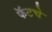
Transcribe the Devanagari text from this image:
फॅटचे